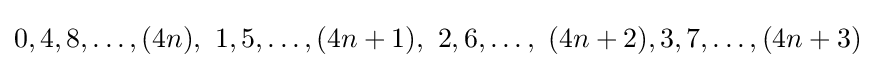
0,4,8,\dots ,(4n),\ 1,5,\dots ,(4n+1),\ 2,6,\dots ,\ (4n+2),3,7,\dots ,(4n+3)